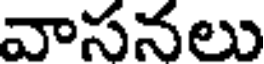
వాసనలు